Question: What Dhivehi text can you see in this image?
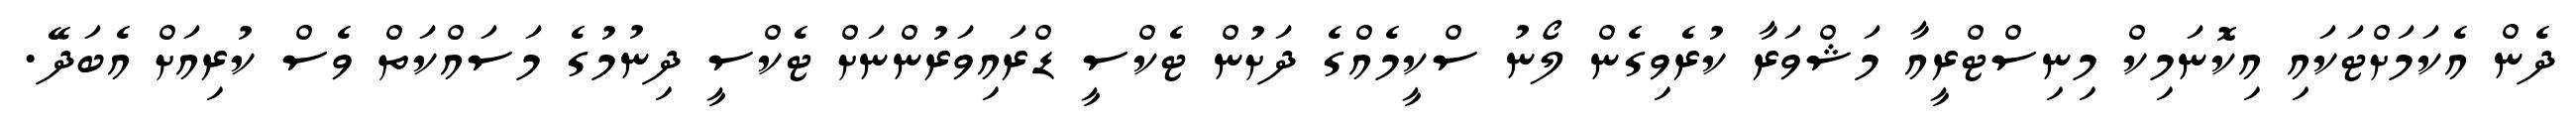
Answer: ދެން އެކަމަށްޓަކައި އިކޮނަމިކް މިނިސްޓްރީއާ މަޝްވަރާ ކުރެވިގެން ލޯނު ސްކީމެއްގެ ދަށުން ޓެކްސީ ޑްރައިވަރުންނަށް ޓެކްސީ ދިނުމުގެ މަސައްކަތް ވެސް ކުރިއަށް އެބަދޭ.